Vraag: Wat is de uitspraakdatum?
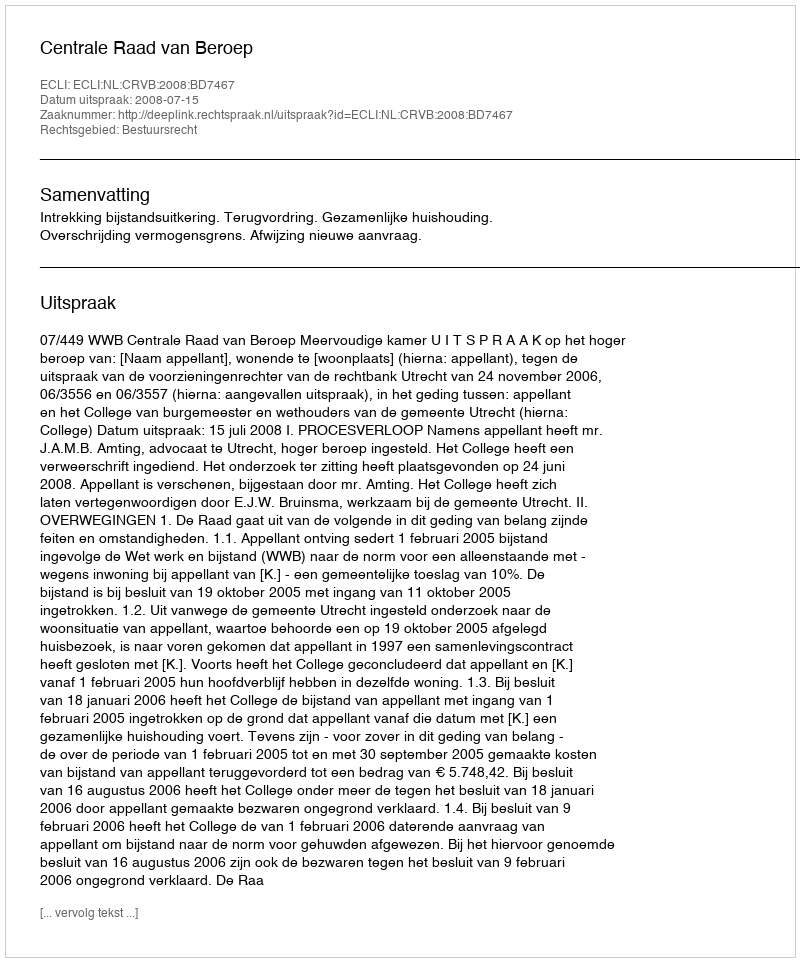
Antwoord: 2008-07-15